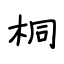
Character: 桐